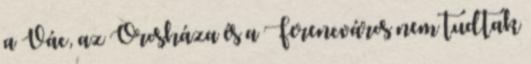
a Vác, az Orosháza és a Ferencváros nem tudtak